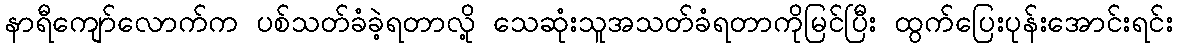
နာရီကျော်လောက်က ပစ်သတ်ခံခဲ့ရတာလို့ သေဆုံးသူအသတ်ခံရတာကိုမြင်ပြီး ထွက်ပြေးပုန်းအောင်းရင်း